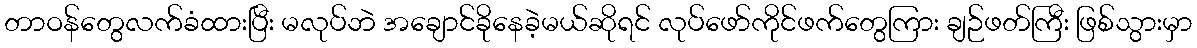
တာဝန်တွေလက်ခံထားပြီး မလုပ်ဘဲ အချောင်ခိုနေခဲ့မယ်ဆိုရင် လုပ်ဖော်ကိုင်ဖက်တွေကြား ချဉ်ဖတ်ကြီး ဖြစ်သွားမှာ